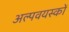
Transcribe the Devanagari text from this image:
अल्पवयस्कों